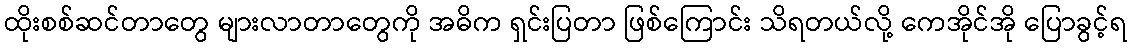
ထိုးစစ်ဆင်တာတွေ များလာတာတွေကို အဓိက ရှင်းပြတာ ဖြစ်ကြောင်း သိရတယ်လို့ ကေအိုင်အို ပြောခွင့်ရ